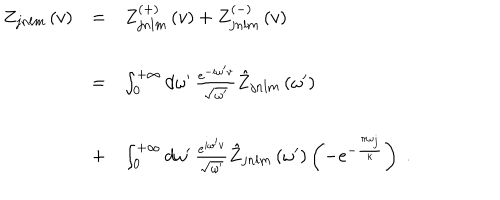
\begin{array} { l c l } { { Z _ { j n l m } \left( v \right) } } & { { = } } & { { Z _ { j n l m } ^ { \left( + \right) } \left( v \right) + Z _ { j n l m } ^ { \left( - \right) } \left( v \right) } } \\ { { \ } } & { { = } } & { { \int _ { 0 } ^ { + \infty } d \omega ^ { \prime } \, \frac { e ^ { - i \omega ^ { \prime } v } } { \sqrt { \omega ^ { \prime } } } \hat { Z } _ { j n l m } \left( \omega ^ { \prime } \right) } } \\ { { \ } } & { { + } } & { { \int _ { 0 } ^ { + \infty } d \omega ^ { \prime } \, \frac { e ^ { i \omega ^ { \prime } v } } { \sqrt { \omega ^ { \prime } } } \hat { Z } _ { j n l m } \left( \omega ^ { \prime } \right) \left( - e ^ { - { \frac { \pi \omega _ { j } } { \kappa } } } \right) \; . } } \\ \end{array}